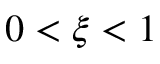
0 < \xi < 1